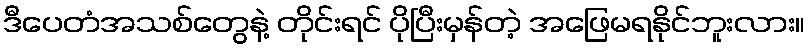
ဒီပေတံအသစ်တွေနဲ့ တိုင်းရင် ပိုပြီးမှန်တဲ့ အဖြေမရနိုင်ဘူးလား။